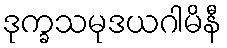
ဒုက္ခသမုဒယဂါမိနီ